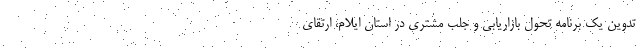
تدوین یک برنامه تحول بازاریابی و جلب مشتری در استان ایلام، ارتقای